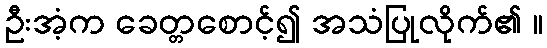
ဦးအံ့က ခေတ္တစောင့်၍ အသံပြုလိုက်၏ ။